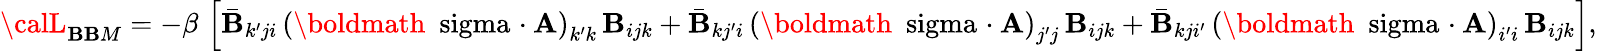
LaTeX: {\calL}_{\mathbf{B}\mathbf{B}M}=-\beta\, \left[\bar{{\mathbf{B}}}_{k^{\prime}ji}\, \left(\mathrm{{\boldmath~\ sigma~}}\! \cdot{\mathbf{A}}\right)_{k^{\prime}k}\, \mathbf{B}_{ijk}+\bar{{\mathbf{B}}}_{kj^{\prime}i}\, \left(\mathrm{{\boldmath~\ sigma~}}\! \cdot{\mathbf{A}}\right)_{j^{\prime}j}\, \mathbf{B}_{ijk}+\bar{{\mathbf{B}}}_{kji^{\prime}}\, \left(\mathrm{{\boldmath~\ sigma~}}\! \cdot{\mathbf{A}}\right)_{i^{\prime}i}\, \mathbf{B}_{ijk}\right],